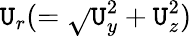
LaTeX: \mathtt{U}_{r}(=\sqrt{}{{\mathtt{U}_{y}^{2}+\mathtt{U}_{z}^{2}}})